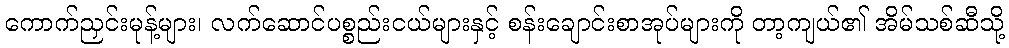
ကောက်ညှင်းမုန့်များ၊ လက်ဆောင်ပစ္စည်းငယ်များနှင့် စန်းချောင်းစာအုပ်များကို တာ့ကျယ်၏ အိမ်သစ်ဆီသို့